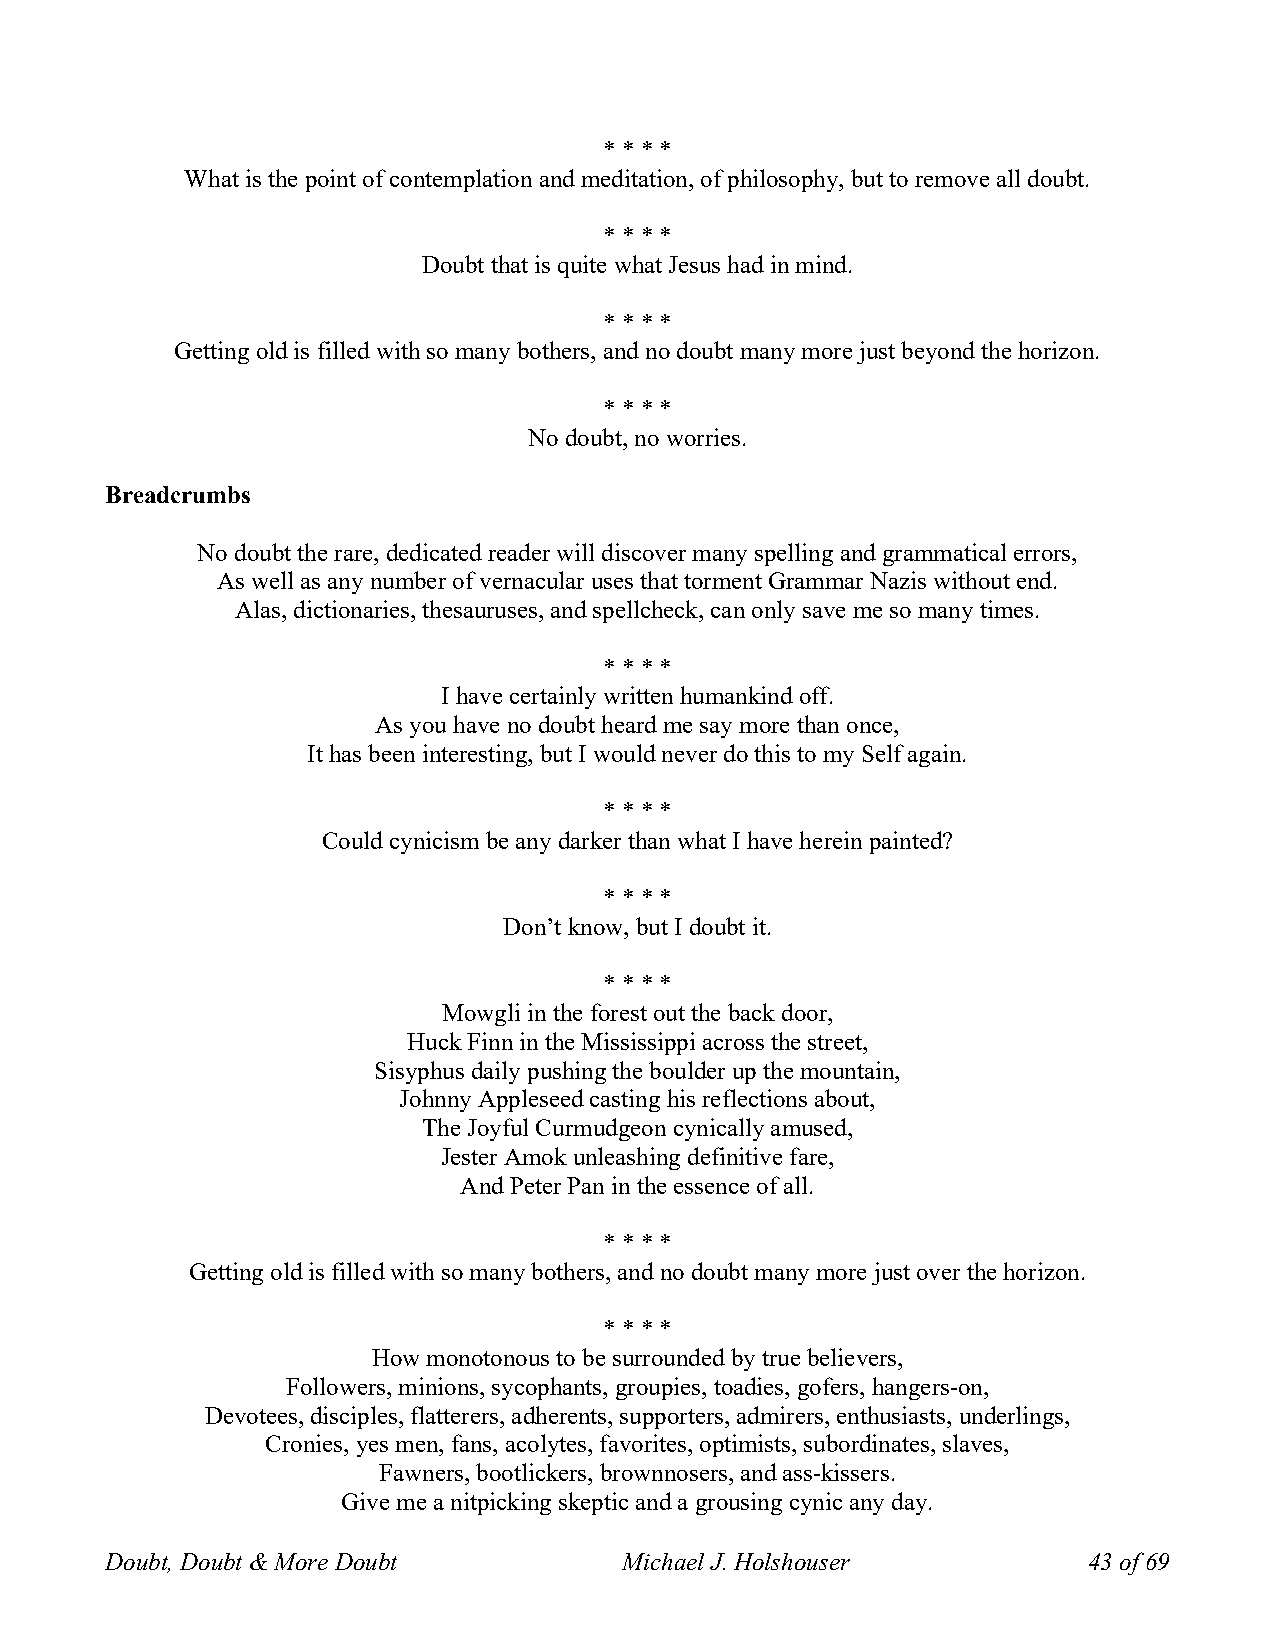
* * * *
 What is the point of contemplation and meditation, of philosophy, but to remove all doubt.
 * * * *
 Doubt that is quite what Jesus had in mind.
 * * * *
 Getting old is filled with so many bothers, and no doubt many more just beyond the horizon.
 * * * *
 No doubt, no worries.
 Breadcrumbs
 No doubt the rare, dedicated reader will discover many spelling and grammatical errors,
 As well as any number of vernacular uses that torment Grammar Nazis without end.
 Alas, dictionaries, thesauruses, and spellcheck, can only save me so many times.
 * * * *
 I have certainly written humankind off.
 As you have no doubt heard me say more than once,
 It has been interesting, but I would never do this to my Self again.
 * * * *
 Could cynicism be any darker than what I have herein painted?
 * * * *
 Don’t know, but I doubt it.
 * * * *
 Mowgli in the forest out the back door,
 Huck Finn in the Mississippi across the street,
 Sisyphus daily pushing the boulder up the mountain,
 Johnny Appleseed casting his reflections about,
 The Joyful Curmudgeon cynically amused,
 Jester Amok unleashing definitive fare,
 And Peter Pan in the essence of all.
 * * * *
 Getting old is filled with so many bothers, and no doubt many more just over the horizon.
 * * * *
 How monotonous to be surrounded by true believers,
 Followers, minions, sycophants, groupies, toadies, gofers, hangers-on,
 Devotees, disciples, flatterers, adherents, supporters, admirers, enthusiasts, underlings,
 Cronies, yes men, fans, acolytes, favorites, optimists, subordinates, slaves,
 Fawners, bootlickers, brownnosers, and ass-kissers.
 Give me a nitpicking skeptic and a grousing cynic any day.
 Doubt, Doubt & More Doubt         Michael J. Holshouser          43 of 69